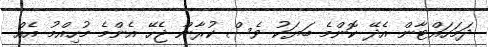
ދަމަހައްޓާން އެދޭ ކޮންމެ ބަޔަކު ވެސް ކުރާން ޖެހޭ އެންމެ މުހިއްމު އެއް